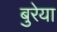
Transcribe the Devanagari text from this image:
बुरेया